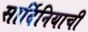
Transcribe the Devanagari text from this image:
सार्दिनियाची